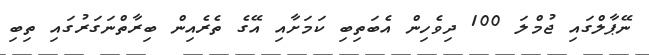
ނޭޕާލްގައި ޖުމްލަ 100 ދިވެހިން އެބަތިބި ކަމަށާއި އޭގެ ތެރެއިން ބިރާތްނަގަރުގައި ތިބި